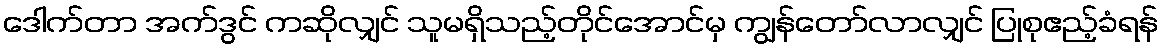
ဒေါက်တာ အက်ဒွင် ကဆိုလျှင် သူမရှိသည့်တိုင်အောင်မှ ကျွန်တော်လာလျှင် ပြုစုဧည့်ခံရန်